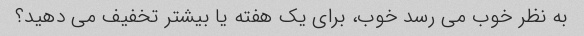
به نظر خوب می رسد خوب، برای یک هفته یا بیشتر تخفیف می دهید؟